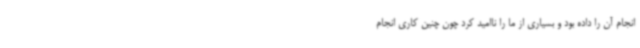
انجام آن را داده بود و بسیاری از ما را ناامید کرد چون چنین کاری انجام